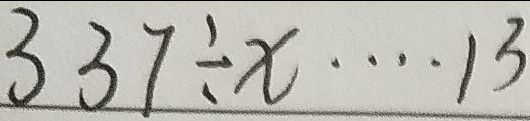
3 3 7 \div x \cdots 1 3